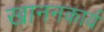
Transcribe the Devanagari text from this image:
खाननकार्य